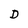
Character: D